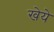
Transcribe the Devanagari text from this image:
खेये